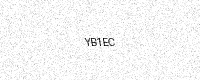
Text: YB1EC